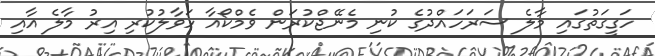
ހަގީގަތުގައި މާލެ ސަރަހައްދުގެ ކުނި މެނޭޖްކުރަން ވެމްކޯއާ ހަވާލުކުރި އިރު މާލެ އާއި